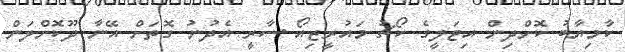
ކާމިޔާބު ކޮށްދިން އިޓަލީގެ ކޯޗު މައުރީޒިއޯ ސާރީ އެދުނު ގޮތަށް އޭނާ ދޫކޮށްލަން